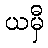
ယမှီ